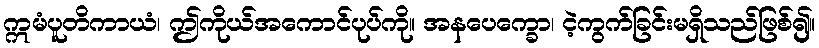
ဣမံပူတိကာယံ၊ ဤကိုယ်အကောင်ပုပ်ကို။ အနပေက္ခော၊ ငဲ့ကွက်ခြင်းမရှိသည်ဖြစ်၍။